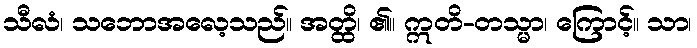
သီလံ၊ သဘောအလေ့သည်။ အတ္ထိ၊ ၏။ ဣတိ-တသ္မာ၊ ကြောင့်။ သာ၊